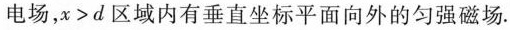
电场， $$ x>d $$ 区域内有垂直坐标平面向外的匀强磁场。